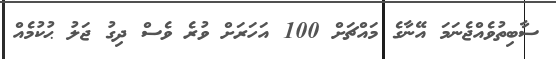
ސާބިތުވެއްޖެނަމަ އޭނާގެ މައްޗަށް 100 އަހަރަށް ވުރެ ވެސް ދިގު ޖަލު ޙުކުމެއް